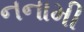
નનામી